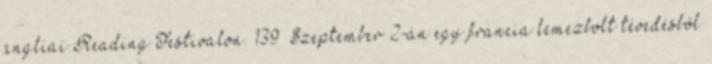
angliai Reading Festivalon. 139 Szeptember 2-án egy francia lemezbolt tévedésből